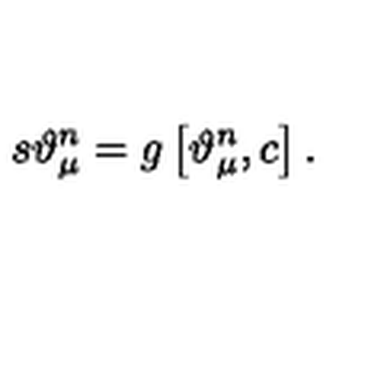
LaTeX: s \vartheta _ { \mu } ^ { n } = g \left[ \vartheta _ { \mu } ^ { n } , c \right] .